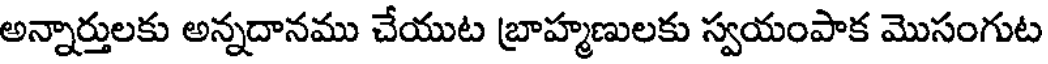
అన్నార్తులకు అన్నదానము చేయుట బ్రాహ్మణులకు స్వయంపాక మొసంగుట